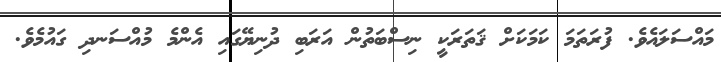
މައްސަލައެވެ. ފުރަތަމަ ކަމަކަށް ޤަތަރަކީ ނިސްބަތުން އަރަބި ދުނިޔޭގައި އެންމެ މުއްސަނދި ގައުމެވެ.